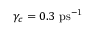
\gamma _ { c } = 0 . 3 ~ \mathrm { p s ^ { - 1 } }